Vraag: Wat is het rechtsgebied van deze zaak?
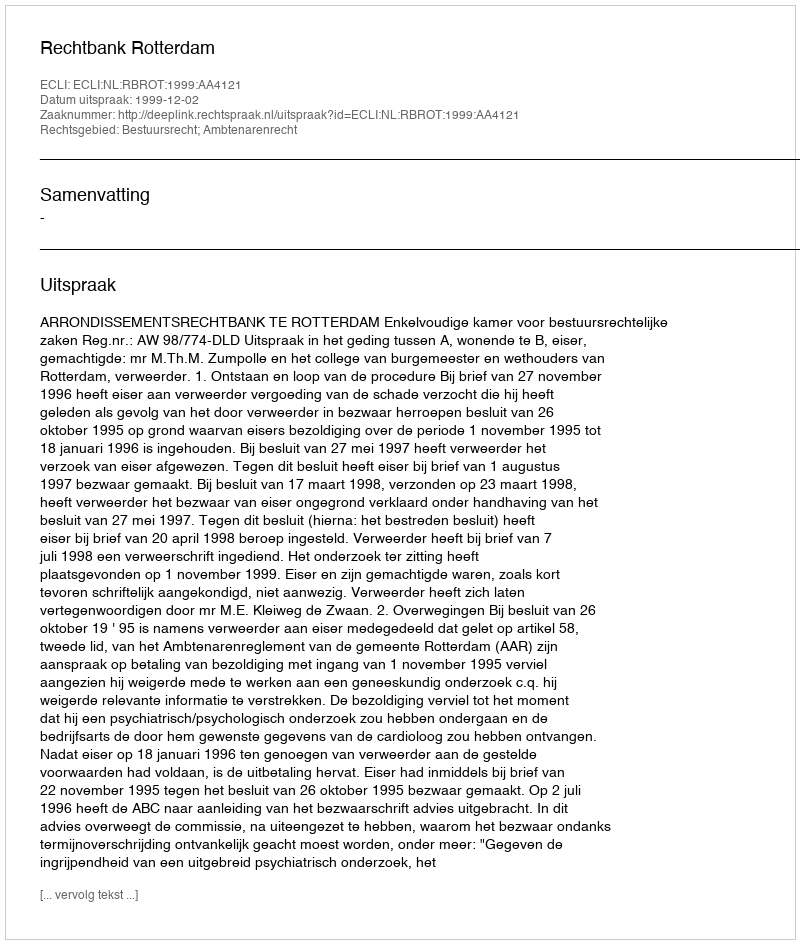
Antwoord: Bestuursrecht; Ambtenarenrecht